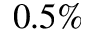
0 . 5 \%